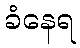
ခံနေရ